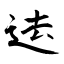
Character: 迲